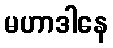
မဟာဒါနေ